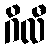
ဂိလီ